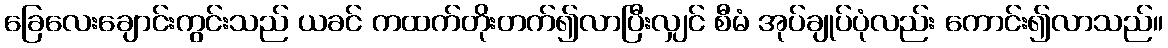
ခြေလေးချောင်းကွင်းသည် ယခင် ကထက်တိုးတက်၍လာပြီးလျှင် စီမံ အုပ်ချုပ်ပုံလည်း ကောင်း၍လာသည်။